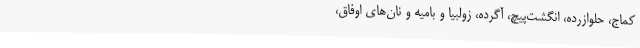
کماج، حلوازرده، انگشت‌پیچ، آگرده، زولبیا و بامیه و نان‌های اوفاق،